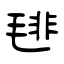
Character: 毴